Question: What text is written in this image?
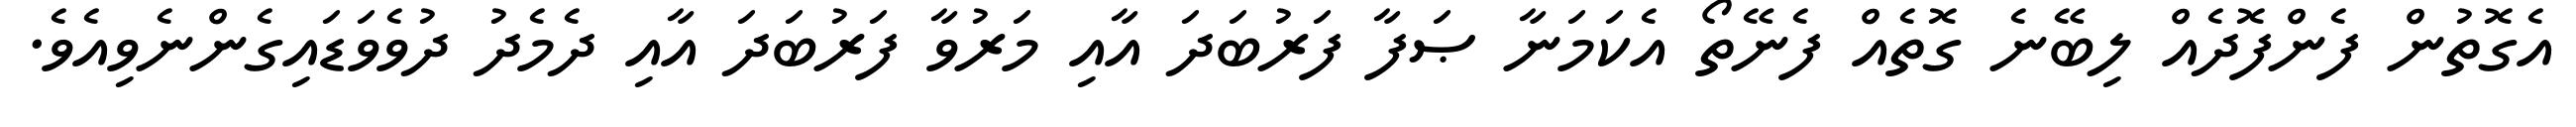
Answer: އެގޮތުން ފެންފޮދެއް ލިބޭނެ ގޮތެއް ފެނޭތޯ އެކަމަނާ ޞަފާ ފަރުބަދަ އާއި މަރުވާ ފަރުބަދަ އާއި ދެމެދު ދުވެވަޑައިގެންނެވިއެވެ.